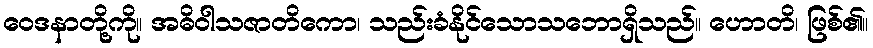
ဝေဒနာတို့ကို။ အဓိဝါသဇာတိကော၊ သည်းခံနိုင်သောသဘောရှိသည်။ ဟောတိ၊ ဖြစ်၏။